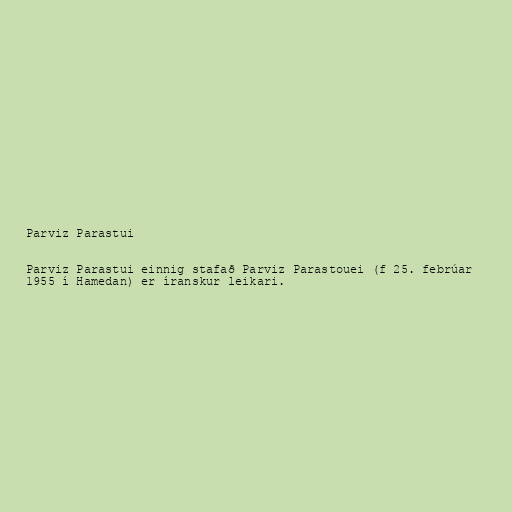
Parviz Parastui

Parviz Parastui einnig stafað Parviz Parastouei (f 25. febrúar
1955 í Hamedan) er íranskur leikari.